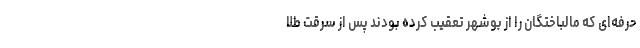
حرفه‌ای که مالباختگان را از بوشهر تعقیب کرده بودند پس از سرقت طلا